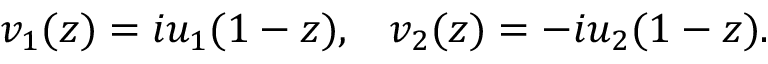
v _ { 1 } ( z ) = i u _ { 1 } ( 1 - z ) , \; \; \; v _ { 2 } ( z ) = - i u _ { 2 } ( 1 - z ) .